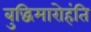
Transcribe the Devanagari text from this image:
बुद्धिमारोहंति